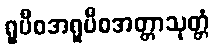
ရူပီစအရူပီစအတ္တာသုတ္တံ